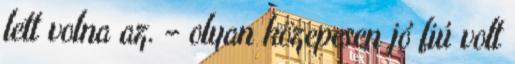
lett volna az. – olyan közepesen jó fiú volt